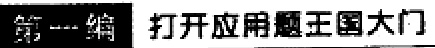
第一编 打开应用题王国大门